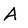
Character: A